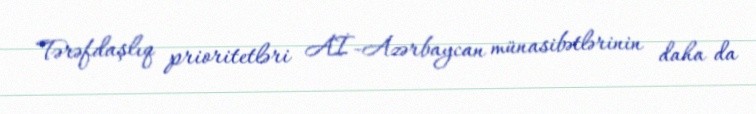
Tərəfdaşlıq prioritetləri Aİ-Azərbaycan münasibətlərinin daha da